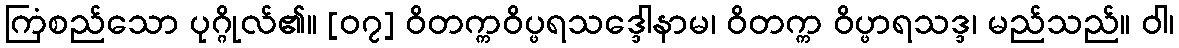
ကြံစည်သော ပုဂ္ဂိုလ်၏။ [၀၇] ဝိတက္ကဝိပ္ဖရသဒ္ဒေါနာမ၊ ဝိတက္က ဝိပ္ဖာရသဒ္ဒ၊ မည်သည်။ ဝါ၊